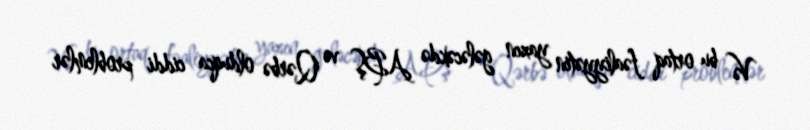
Və bu ortaq fəaliyyətin yaxın gələcəkdə ABŞ və Qərbə olduqca ciddi problemlər